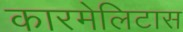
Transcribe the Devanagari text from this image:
कारमेलिटास